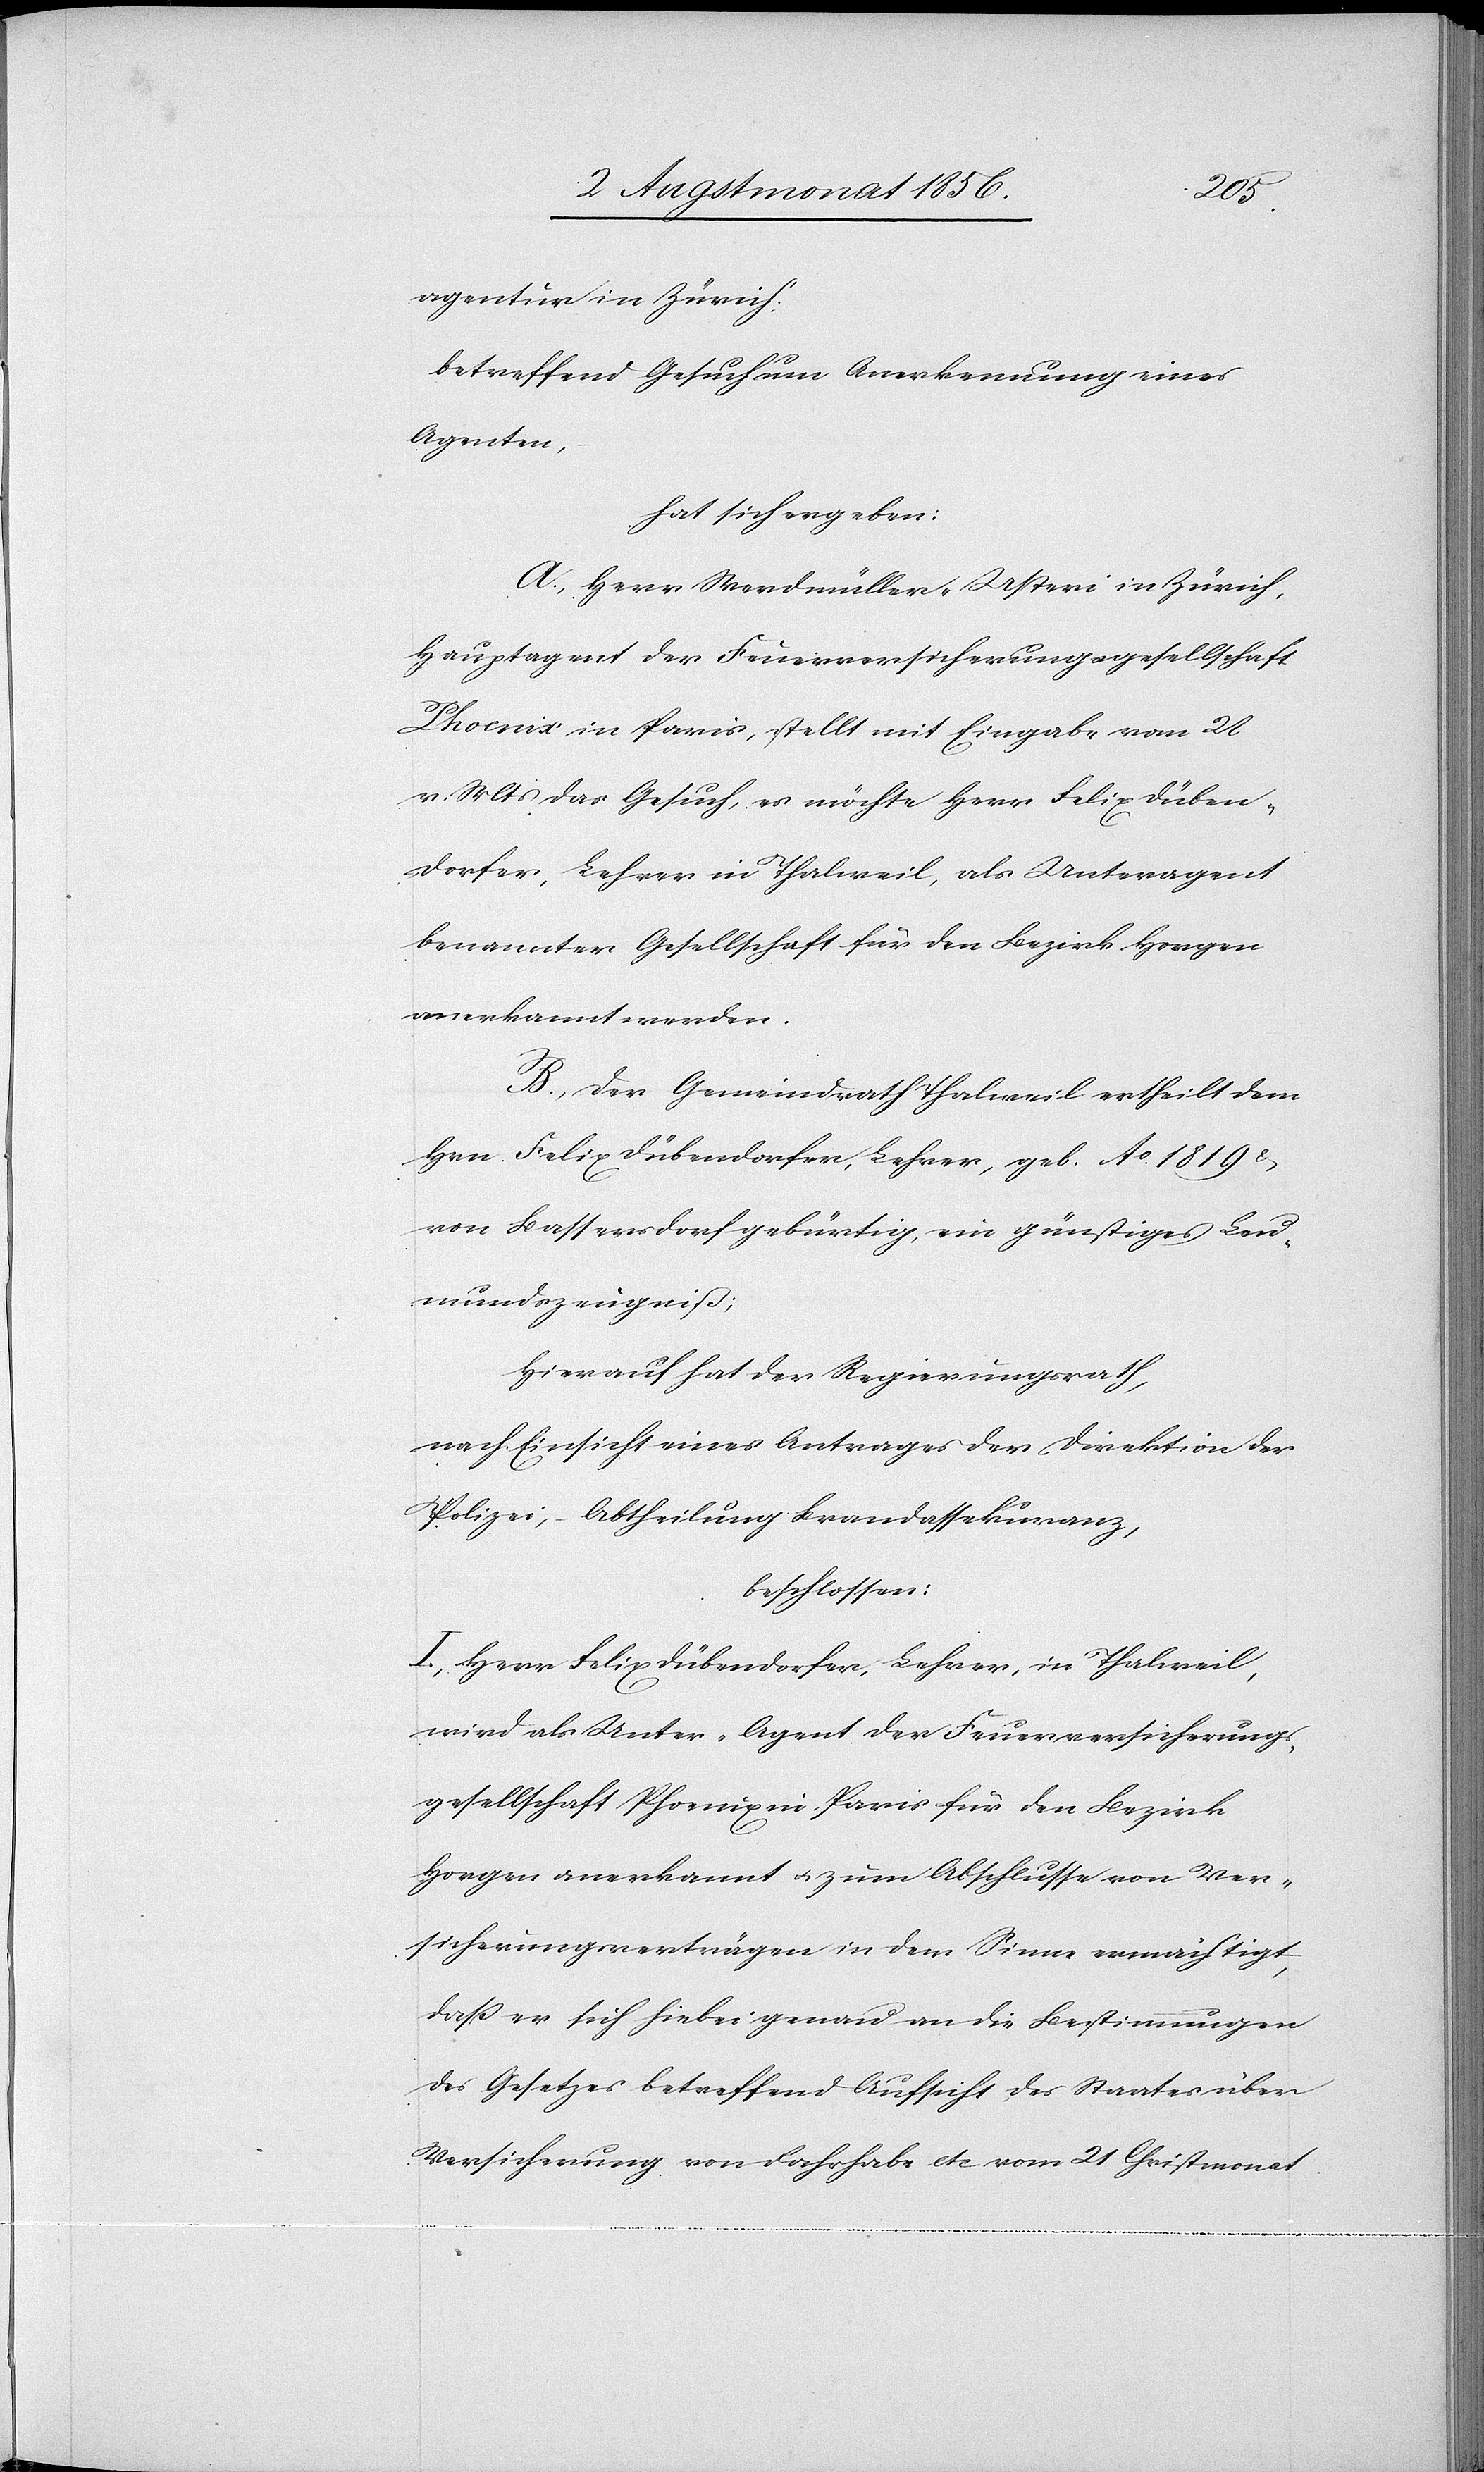
agentur in Zürich:
betreffend Gesuch um Anerkennung eines
Agenten,
hat sich ergeben:
A.) Herr Werdmüller-Usteri in Zürich,
Hauptagent der Feuerversicherungsgesellschaft
Phoenix in Paris, stellt mit Eingabe vom 26
v. Mts das Gesuch, es möchte Herr Felix Düben¬
dorfer, Lehrer in Thalweil, als Unteragent
benannter Gesellschaft für den Bezirk Horgen
anerkannt werden.
B.) Der Gemeindrath Thalweil ertheilt dem
Hrn. Felix Dübendorfer, Lehrer, geb. Ao 1819 &
von Bassersdorf gebürtig, ein günstiges Leu¬
mundszeugniß;
Hierauf hat der Regierungsrath,
nach Einsicht eines Antrages der Direktion der
Polizei, – Abtheilung Brandassekuranz,
beschlossen:
I.) Herr Felix Dübendorfer, Lehrer, in Thalweil,
wird als Unter-Agent der Feuerversicherungs¬
gesellschaft Phoenix in Paris für den Bezirk
Horgen anerkannt u. zum Abschlusse von Ver¬
sicherungsverträgen in dem Sinne ermächtigt,
dass er sich hiebei genau an die Bestimmungen
des Gesetzes betreffend Aufsicht des Staates über
Versicherung von Fahrhabe etc vom 21 Christmonat